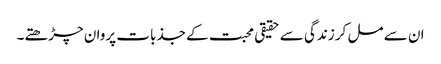
ان سے مل کر زندگی سے حقیقی محبت کے جذبات پروان چڑھتے۔